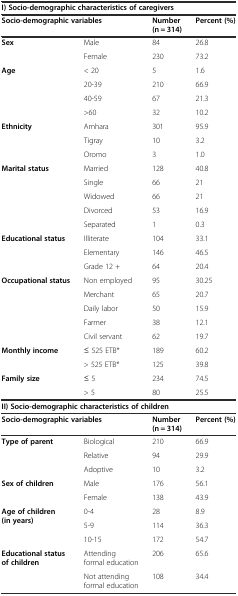
| <COLSPAN=4> I) Socio-demographic characteristics of caregivers |
 | <COLSPAN=2> Socio-demographic variables | Number (n = 314) | Percent (%) |
 | --- | --- | --- | --- |
 | <ROWSPAN=2> Sex | Male | 84 | 26.8 |
 | Female | 230 | 73.2 |
 | <ROWSPAN=4> Age | < 20 | 5 | 1.6 |
 | 20-39 | 210 | 66.9 |
 | 40-59 | 67 | 21.3 |
 | >60 | 32 | 10.2 |
 | <ROWSPAN=3> Ethnicity | Amhara | 301 | 95.9 |
 | Tigray | 10 | 3.2 |
 | Oromo | 3 | 1.0 |
 | <ROWSPAN=5> Marital status | Married | 128 | 40.8 |
 | Single | 66 | 21 |
 | Widowed | 66 | 21 |
 | Divorced | 53 | 16.9 |
 | Separated | 1 | 0.3 |
 | <ROWSPAN=3> Educational status | Illiterate | 104 | 33.1 |
 | Elementary | 146 | 46.5 |
 | Grade 12 + | 64 | 20.4 |
 | <ROWSPAN=5> Occupational status | Non employed | 95 | 30.25 |
 | Merchant | 65 | 20.7 |
 | Daily labor | 50 | 15.9 |
 | Farmer | 38 | 12.1 |
 | Civil servant | 62 | 19.7 |
 | <ROWSPAN=2> Monthly income | ≤ 525 ETB* | 189 | 60.2 |
 | > 525 ETB* | 125 | 39.8 |
 | <ROWSPAN=2> Family size | ≤ 5 | 234 | 74.5 |
 | > 5 | 80 | 25.5 |
 | <COLSPAN=4> II) Socio-demographic characteristics of children |
 | <COLSPAN=2> Socio-demographic variables | Number (n = 314) | Percent (%) |
 | <ROWSPAN=3> Type of parent | Biological | 210 | 66.9 |
 | Relative | 94 | 29.9 |
 | Adoptive | 10 | 3.2 |
 | <ROWSPAN=2> Sex of children | Male | 176 | 56.1 |
 | Female | 138 | 43.9 |
 | <ROWSPAN=3> Age of children (in years) | 0-4 | 28 | 8.9 |
 | 5-9 | 114 | 36.3 |
 | 10-15 | 172 | 54.7 |
 | <ROWSPAN=2> Educational status of children | Attending formal education | 206 | 65.6 |
 | Not attending formal education | 108 | 34.4 |